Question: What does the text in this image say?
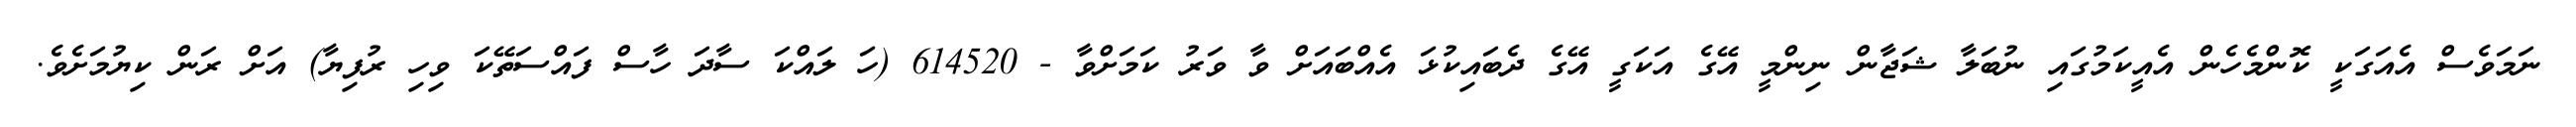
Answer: ނަމަވެސް އެއަގަކީ ކޮންމެހެން އެއީކަމުގައި ނުބަލާ ޝަޖާން ނިންމީ އޭގެ އަކަގީ އޭގެ ދެބައިކުޅަ އެއްބައަށް ވާ ވަރު ކަމަށްވާ - 614520 (ހަ ލައްކަ ސާދަ ހާސް ފައްސަތޭކަ ވިހި ރުފިޔާ) އަށް ރަން ކިޔުމަށެވެ.